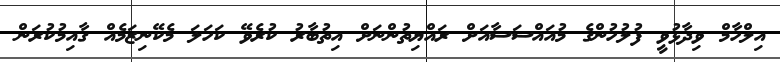
އިލްހާމް ވިދާޅުވީ ފުލުހުންގެ މުއައްސަސާއަށް ރައްޔިތުންނަށް އިތުބާރު ކުރެވޭ ކަހަލަ މެކޭނިޒަމެއް ގާއިމުކުރަން